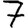
Digit: 7